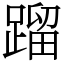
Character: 蹓